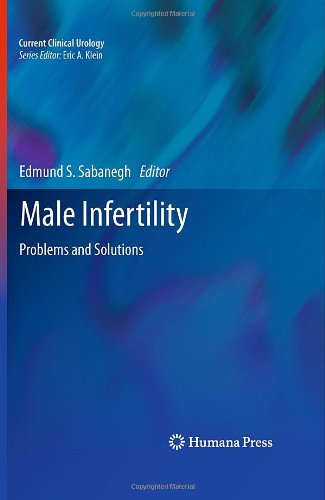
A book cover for Male Infertility: Problems and Solutions (Current Clinical Urology); Health, Fitness & Dieting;